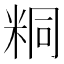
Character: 粡